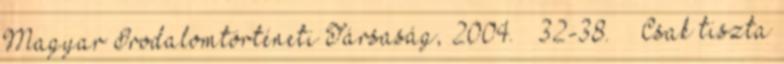
Magyar Irodalomtörténeti Társaság, 2004. – 32-38. – „Csak tiszta